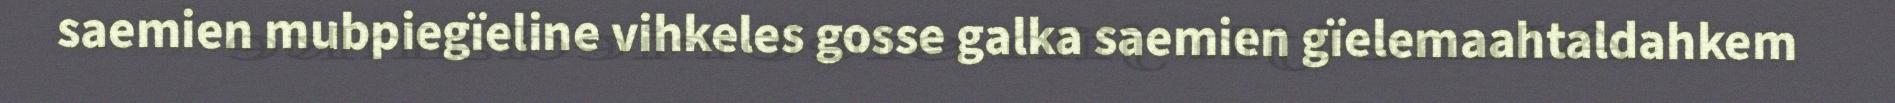
saemien mubpiegïeline vihkeles gosse galka saemien gïelemaahtaldahkem